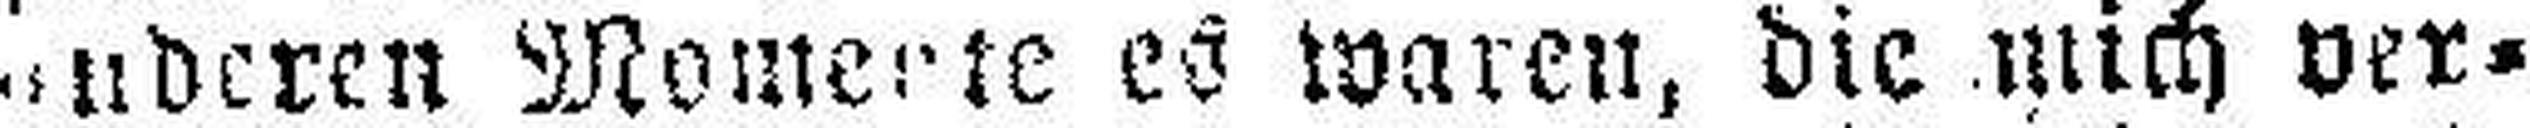
anderen Momente es waren, die mich ver¬